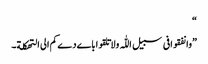
“
”وانفقوافی سبیل اللّٰہ ولاتلقواباےدےکم الی التھکلة۔